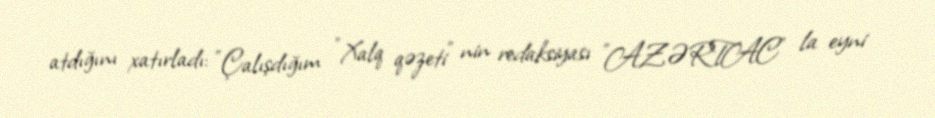
atdığını xatırladı: "Çalışdığım "Xalq qəzeti" nin redaksiyası "AZƏRTAC" la eyni